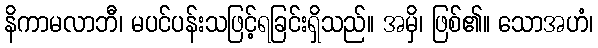
နိကာမလာဘီ၊ မပင်ပန်းသဖြင့်ရခြင်းရှိသည်။ အမှိ၊ ဖြစ်၏။ သောအဟံ၊